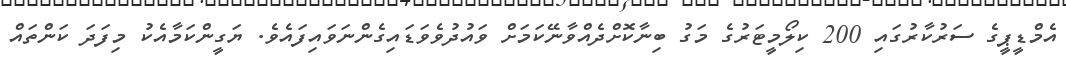
އެމްޑީޕީގެ ސަރުކާރުގައި 200 ކިލޯމީޓަރުގެ މަގު ބިނާކޮށްދެއްވާނޭކަމަށް ވައުދުވެވަޑައިގެންނަވައިފައެވެ. ޔަގީންކަމާއެކު މިފަދަ ކަންތައް